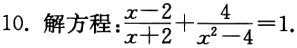
10. 解方程：$\frac{x - 2}{x + 2} + \frac{4}{x^{2} - 4} = 1$.